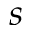
s